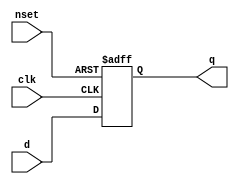
//#############################################################################
//# Function:  Positive edge-triggered static D-type flop-flop with async     #
//#            active low preset.                                             #
//# Copyright: OH Project Authors. ALl rights Reserved.                       #
//# License:   MIT (see LICENSE file in OH repository)                        #
//#############################################################################

module asic_dffsq #(parameter PROP = "DEFAULT")   (
    input      d,
    input      clk,
    input      nset,
    output reg q
    );

   always @ (posedge clk or negedge nset)
     if(!nset)
       q <= 1'b1;
     else
       q <= d;

endmodule